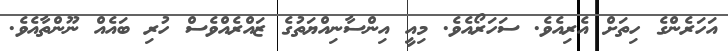
އަހަރެންގެ ހިތަށް އެރިއެވެ. ސަހަރޯއެވެ. މިއީ އިންސާނިއްޔަތުގެ ޒައްރެއްވެސް ހުރި ބައެއް ނޫންތާއެވެ.